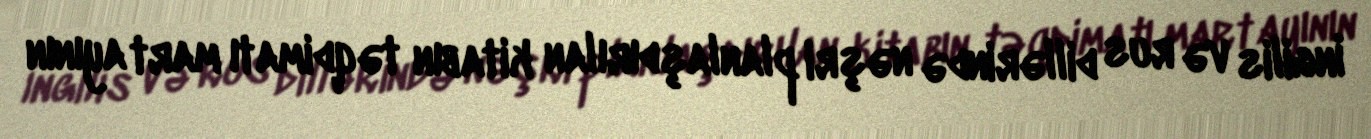
İngilis və rus dillərində nəşri planlaşdırılan kitabın təqdimatı mart ayının